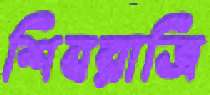
শিবরাত্রি